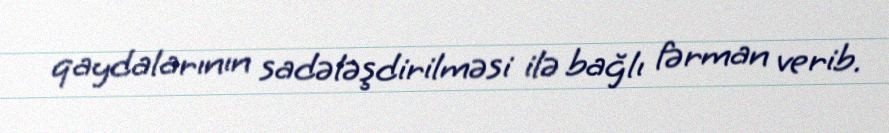
qaydalarının sadələşdirilməsi ilə bağlı fərman verib.